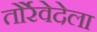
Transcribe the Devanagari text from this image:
तोर्रेवेदेला